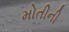
મોતીની